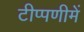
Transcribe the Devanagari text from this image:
टीप्‍पणीमें